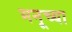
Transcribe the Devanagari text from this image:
मनूच्या